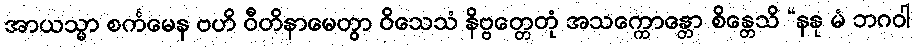
အာယသ္မာ စင်္ကမေန ဗဟိ ဝီတိနာမေတွာ ဝိသေသံ နိဗ္ဗတ္တေတုံ အသက္ကောန္တော စိန္တေသိ “နနု မံ ဘဂဝါ